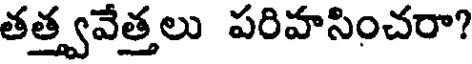
తత్త్వవేత్తలు పరిహసించరా?